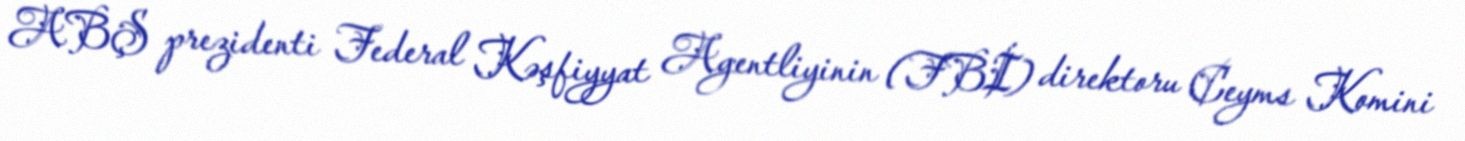
ABŞ prezidenti Federal Kəşfiyyat Agentliyinin (FBİ) direktoru Ceyms Komini